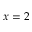
x = 2